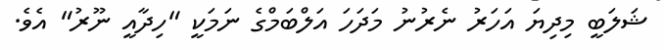
ޝަލަބީ މިދިޔަ އަހަރު ނެރުނު މަދަހަ އަލްބަމްގެ ނަމަކީ "ހިދާއީ ނޫރު" އެވެ.